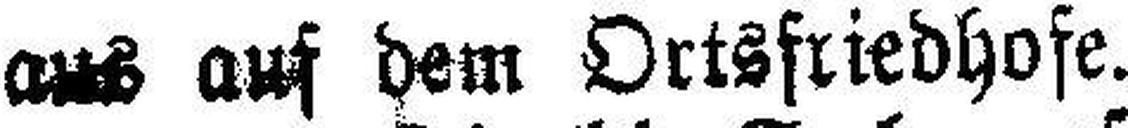
ans auf dem Ortsfriedhofe.